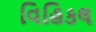
વિહિકલ